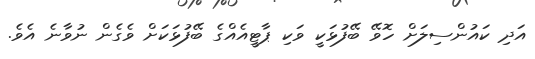
އަދި ކައުންސިލަށް ހޮވޭ ބޭފުޅަކީ ވަކި ޕާޓީއެއްްގެ ބޭފުޅަކަށް ވެގެން ނުވާނެ އެވެ.